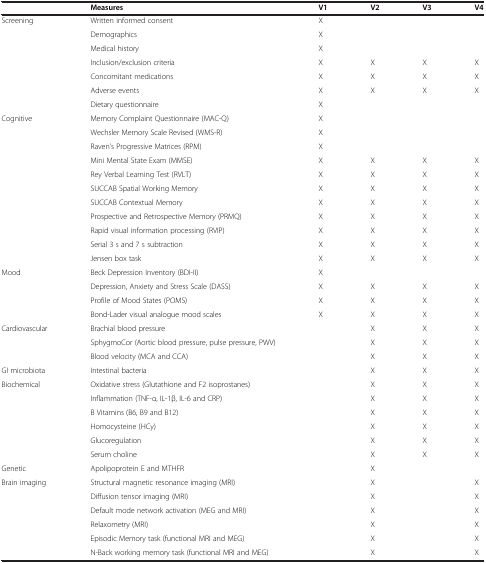
<table><thead><tr><td><b> </b></td><td><b>Measures</b></td><td><b>V1</b></td><td><b>V2</b></td><td><b>V3</b></td><td><b>V4</b></td></tr></thead><tbody><tr><td>Screening</td><td>Written informed consent</td><td>X</td><td> </td><td> </td><td> </td></tr><tr><td> </td><td>Demographics</td><td>X</td><td> </td><td> </td><td> </td></tr><tr><td> </td><td>Medical history</td><td>X</td><td> </td><td> </td><td> </td></tr><tr><td> </td><td>Inclusion/exclusion criteria</td><td>X</td><td>X</td><td>X</td><td>X</td></tr><tr><td> </td><td>Concomitant medications</td><td>X</td><td>X</td><td>X</td><td>X</td></tr><tr><td> </td><td>Adverse events</td><td>X</td><td>X</td><td>X</td><td>X</td></tr><tr><td> </td><td>Dietary questionnaire</td><td>X</td><td> </td><td> </td><td> </td></tr><tr><td>Cognitive</td><td>Memory Complaint Questionnaire (MAC-Q)</td><td>X</td><td> </td><td> </td><td> </td></tr><tr><td> </td><td>Wechsler Memory Scale Revised (WMS-R)</td><td>X</td><td> </td><td> </td><td> </td></tr><tr><td> </td><td>Raven’s Progressive Matrices (RPM)</td><td>X</td><td> </td><td> </td><td> </td></tr><tr><td> </td><td>Mini Mental State Exam (MMSE)</td><td>X</td><td>X</td><td>X</td><td>X</td></tr><tr><td> </td><td>Rey Verbal Learning Test (RVLT)</td><td>X</td><td>X</td><td>X</td><td>X</td></tr><tr><td> </td><td>SUCCAB Spatial Working Memory</td><td>X</td><td>X</td><td>X</td><td>X</td></tr><tr><td> </td><td>SUCCAB Contextual Memory</td><td>X</td><td>X</td><td>X</td><td>X</td></tr><tr><td> </td><td>Prospective and Retrospective Memory (PRMQ)</td><td>X</td><td>X</td><td>X</td><td>X</td></tr><tr><td> </td><td>Rapid visual information processing (RVIP)</td><td>X</td><td>X</td><td>X</td><td>X</td></tr><tr><td> </td><td>Serial 3 s and 7 s subtraction</td><td>X</td><td>X</td><td>X</td><td>X</td></tr><tr><td> </td><td>Jensen box task</td><td>X</td><td>X</td><td>X</td><td>X</td></tr><tr><td>Mood</td><td>Beck Depression Inventory (BDI-II)</td><td>X</td><td> </td><td> </td><td> </td></tr><tr><td> </td><td>Depression, Anxiety and Stress Scale (DASS)</td><td>X</td><td>X</td><td>X</td><td>X</td></tr><tr><td> </td><td>Profile of Mood States (POMS)</td><td>X</td><td>X</td><td>X</td><td>X</td></tr><tr><td> </td><td>Bond-Lader visual analogue mood scales</td><td>X</td><td>X</td><td>X</td><td>X</td></tr><tr><td>Cardiovascular</td><td>Brachial blood pressure</td><td> </td><td>X</td><td>X</td><td>X</td></tr><tr><td> </td><td>SphygmoCor (Aortic blood pressure, pulse pressure, PWV)</td><td> </td><td>X</td><td>X</td><td>X</td></tr><tr><td> </td><td>Blood velocity (MCA and CCA)</td><td> </td><td>X</td><td>X</td><td>X</td></tr><tr><td>GI microbiota</td><td>Intestinal bacteria</td><td> </td><td>X</td><td>X</td><td>X</td></tr><tr><td>Biochemical</td><td>Oxidative stress (Glutathione and F2 isoprostanes)</td><td> </td><td>X</td><td>X</td><td>X</td></tr><tr><td> </td><td>Inflammation (TNF-α, IL-1β, IL-6 and CRP)</td><td> </td><td>X</td><td>X</td><td>X</td></tr><tr><td> </td><td>B Vitamins (B6, B9 and B12)</td><td> </td><td>X</td><td>X</td><td>X</td></tr><tr><td> </td><td>Homocysteine (HCy)</td><td> </td><td>X</td><td>X</td><td>X</td></tr><tr><td> </td><td>Glucoregulation</td><td> </td><td>X</td><td>X</td><td>X</td></tr><tr><td> </td><td>Serum choline</td><td> </td><td>X</td><td>X</td><td>X</td></tr><tr><td>Genetic</td><td>Apolipoprotein E and MTHFR</td><td> </td><td>X</td><td> </td><td> </td></tr><tr><td>Brain imaging</td><td>Structural magnetic resonance imaging (MRI)</td><td> </td><td>X</td><td> </td><td>X</td></tr><tr><td> </td><td>Diffusion tensor imaging (MRI)</td><td> </td><td>X</td><td> </td><td>X</td></tr><tr><td> </td><td>Default mode network activation (MEG and MRI)</td><td> </td><td>X</td><td> </td><td>X</td></tr><tr><td> </td><td>Relaxometry (MRI)</td><td> </td><td>X</td><td> </td><td>X</td></tr><tr><td> </td><td>Episodic Memory task (functional MRI and MEG)</td><td> </td><td>X</td><td> </td><td>X</td></tr><tr><td> </td><td>N-Back working memory task (functional MRI and MEG)</td><td> </td><td>X</td><td> </td><td>X</td></tr></tbody></table>